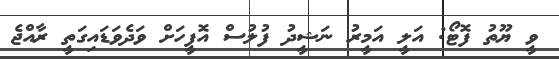
ވީ ޔޫތު ފޮޓޯ: އަލީ އަމީރު ނަޝީދު ފުލުސް އޮފީހަށް ވަދެވަޑައިގަތީ ރާއްޖެ